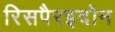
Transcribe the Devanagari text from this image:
रिसपैरइदोन